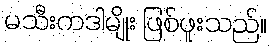
မသီးကဒါမျိုး ဖြစ်ဖူးသည်။